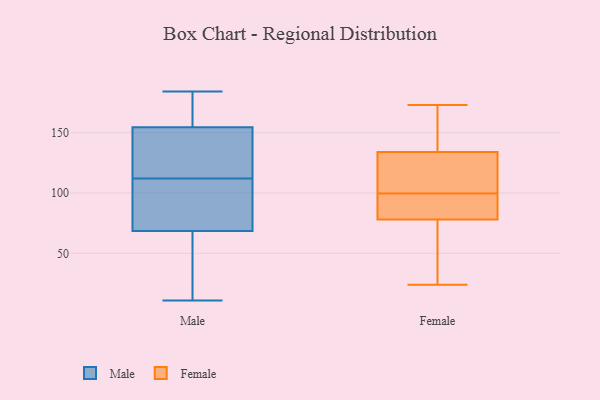
{"axis": {"x": "Inventory Turnover", "y": "Value"}, "legend": ["Female", "Male"], "data": [{"x": "", "y": 53, "type": "Male"}, {"x": "", "y": 11, "type": "Male"}, {"x": "", "y": 45, "type": "Male"}, {"x": "", "y": 129, "type": "Male"}, {"x": "", "y": 121, "type": "Male"}, {"x": "", "y": 172, "type": "Male"}, {"x": "", "y": 146, "type": "Male"}, {"x": "", "y": 163, "type": "Male"}, {"x": "", "y": 99, "type": "Male"}, {"x": "", "y": 184, "type": "Male"}, {"x": "", "y": 84, "type": "Male"}, {"x": "", "y": 90, "type": "Male"}, {"x": "", "y": 131, "type": "Male"}, {"x": "", "y": 21, "type": "Male"}, {"x": "", "y": 103, "type": "Male"}, {"x": "", "y": 164, "type": "Male"}, {"x": "", "y": 79, "type": "Female"}, {"x": "", "y": 112, "type": "Female"}, {"x": "", "y": 173, "type": "Female"}, {"x": "", "y": 78, "type": "Female"}, {"x": "", "y": 134, "type": "Female"}, {"x": "", "y": 159, "type": "Female"}, {"x": "", "y": 24, "type": "Female"}, {"x": "", "y": 107, "type": "Female"}, {"x": "", "y": 92, "type": "Female"}, {"x": "", "y": 24, "type": "Female"}]}